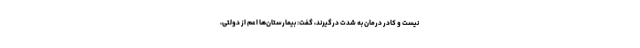
نیست و کادر درمان به شدت درگیرند، گفت: بیمارستان‌ها اعم از دولتی،